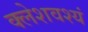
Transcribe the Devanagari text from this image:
क्लेशवश्यं